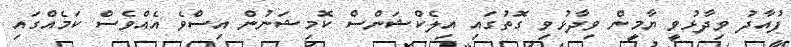
ފުއާދު ވިދާޅުވީ ޔާމީން ވިދާޅުވި ގޮތުގައި އިލެކްޝަންސް ކޮމިޝަނުން އިސްވެ އެއްވެސް ކަމެއްގައި